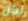
لكن